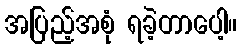
အပြည့်အစုံ ရခဲ့တာပေါ့။